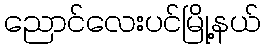
ညောင်လေးပင်မြို့နယ်